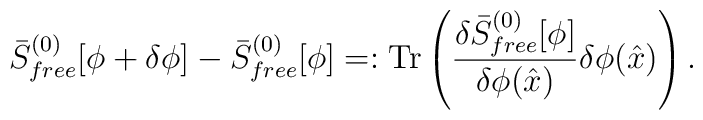
\bar{S}^{(0)}_{free}[\phi+\delta\phi]- \bar{S}^{(0)}_{free}[\phi]=: \mathrm{Tr}\left({\delta \bar{S}^{(0)}_{free}[\phi] \over \delta\phi (\hat{x})} \delta\phi(\hat{x})\right).